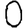
Digit: 0